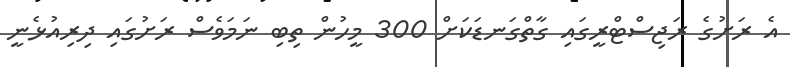
އެ ރަށުގެ ރަޖިސްޓްރީގައި ގާތްގަނޑަކަށް 300 މީހުން ތިބި ނަމަވެސް ރަށުގައި ދިރިއުޅެނީ